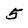
Character: 5